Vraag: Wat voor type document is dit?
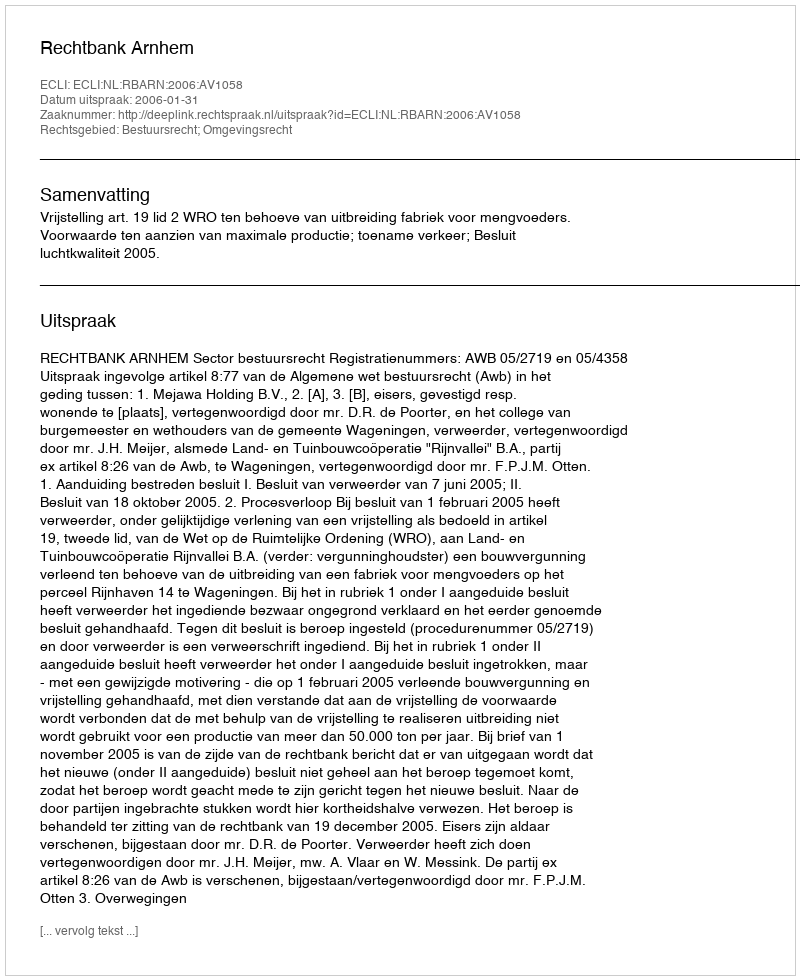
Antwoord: Uitspraak